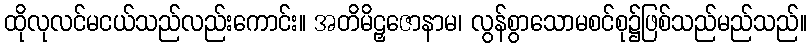
ထိုလုလင်မငယ်သည်လည်းကောင်း။ အတိမိဠှဇောနာမ၊ လွန်စွာသောမစင်စု၌ဖြစ်သည်မည်သည်။